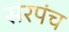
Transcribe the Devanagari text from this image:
संरपंच